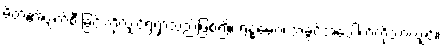
မိတ်၏ပျက်စီးခြင်းကိုလျှင်ရွံရှာသည်ဖြစ်၍။ ရန္ဓမေဝ၊ အခွင့်အပေါက်ကိုသာလျှင်။